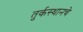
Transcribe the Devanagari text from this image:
तुर्कस्थानचे